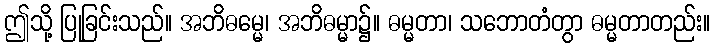
ဤသို့ ပြုခြင်းသည်။ အဘိဓမ္မေ၊ အဘိဓမ္မာ၌။ ဓမ္မတာ၊ သဘောတံတွာ ဓမ္မတာတည်း။